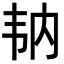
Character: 𩏼